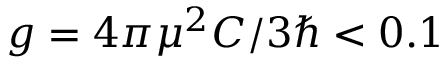
g = 4 \pi \mu ^ { 2 } C / 3 \hbar < 0 . 1